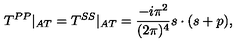
T ^ { P P } | _ { A T } = T ^ { S S } | _ { A T } = \frac { - i \pi ^ { 2 } } { ( 2 \pi ) ^ { 4 } } s \cdot ( s + p ) ,